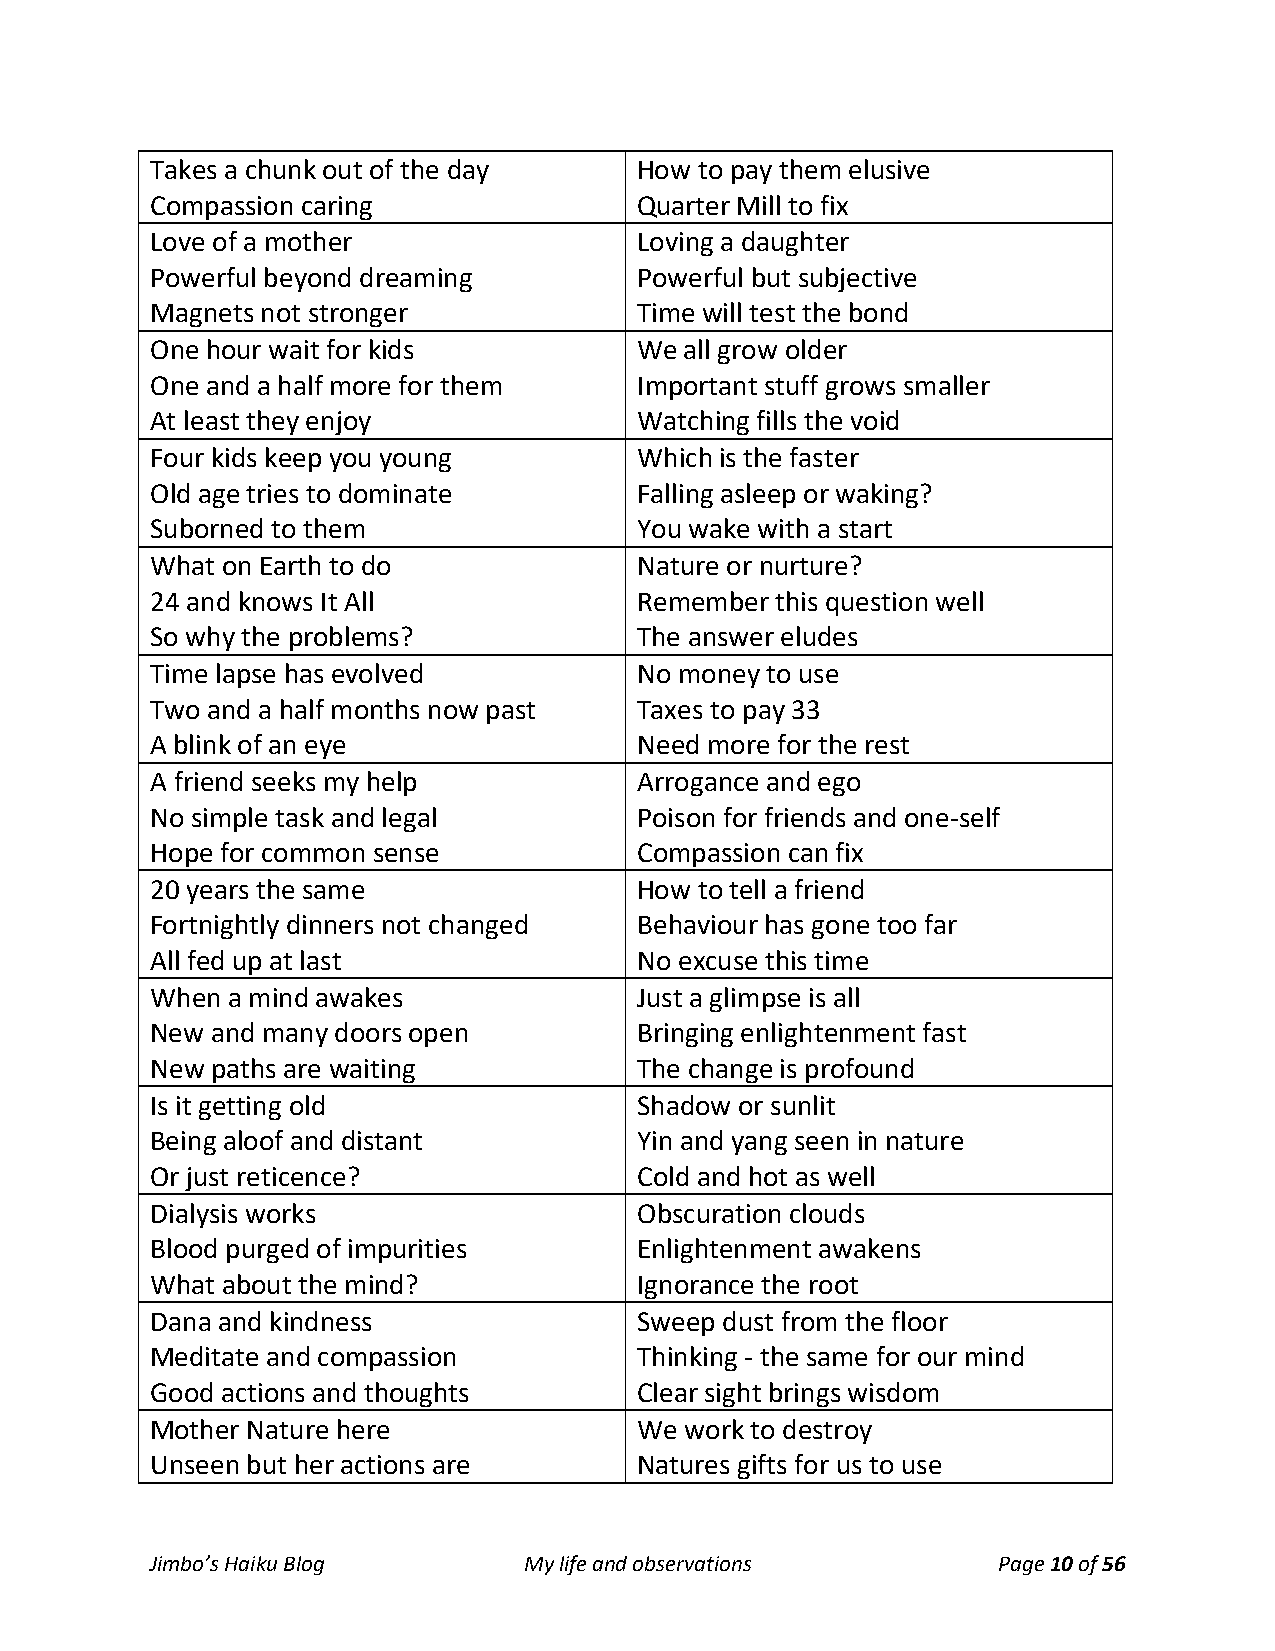
Takes a chunk out of the day    How to pay them elusive
 Compassion caring               Quarter Mill to fix
 Love of a mother                Loving a daughter
 Powerful beyond dreaming        Powerful but subjective
 Magnets not stronger            Time will test the bond
 One hour wait for kids          We all grow older
 One and a half more for them    Important stuff grows smaller
 At least they enjoy             Watching fills the void
 Four kids keep you young        Which is the faster
 Old age tries to dominate       Falling asleep or waking?
 Suborned to them                You wake with a start
 What on Earth to do             Nature or nurture?
 24 and knows It All             Remember this question well
 So why the problems?            The answer eludes
 Time lapse has evolved          No money to use
 Two and a half months now past  Taxes to pay 33
 A blink of an eye               Need more for the rest
 A friend seeks my help          Arrogance and ego
 No simple task and legal        Poison for friends and one-self
 Hope for common sense           Compassion can fix
 20 years the same               How to tell a friend
 Fortnightly dinners not changed Behaviour has gone too far
 All fed up at last              No excuse this time
 When a mind awakes              Just a glimpse is all
 New and many doors open         Bringing enlightenment fast
 New paths are waiting           The change is profound
 Is it getting old               Shadow or sunlit
 Being aloof and distant         Yin and yang seen in nature
 Or just reticence?              Cold and hot as well
 Dialysis works                  Obscuration clouds
 Blood purged of impurities      Enlightenment awakens
 What about the mind?            Ignorance the root
 Dana and kindness               Sweep dust from the floor
 Meditate and compassion         Thinking - the same for our mind
 Good actions and thoughts       Clear sight brings wisdom
 Mother Nature here              We work to destroy
 Unseen but her actions are      Natures gifts for us to use
 Jimbo’s Haiku Blog       My life and observations       Page 10 of 56